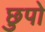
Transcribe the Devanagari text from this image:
छुपो